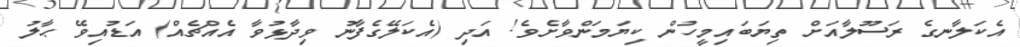
އެކަލާނގެ ރަސޫލާއަށް ތިޔަބައިމީހުން ކިޔަމަންވާށެވެ! އަދި (އެކަލޭގެފާނު ވިދާޅުވާ އެއްޗެއް) އަޑުއިވޭ ޙާލު